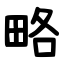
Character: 略